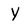
Character: y